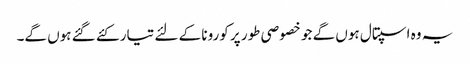
یہ وہ اسپتال ہوں گے جو خصوصی طور پر کورونا کے لئے تیار کئے گئے ہوں گے۔